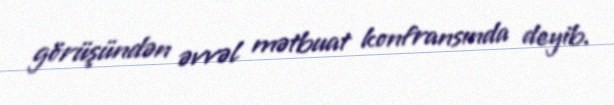
görüşündən əvvəl mətbuat konfransında deyib.